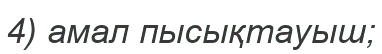
4) амал пысықтауыш;